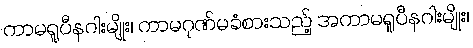
ကာမရူပီနဂါးမျိုး၊ ကာမဂုဏ်မခံစားသည့် အကာမရူပီနဂါးမျိုး၊